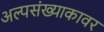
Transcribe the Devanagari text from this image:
अल्पसंख्याकावर